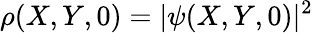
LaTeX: \rho(X,Y,0)=|\psi(X,Y,0)|^{2}